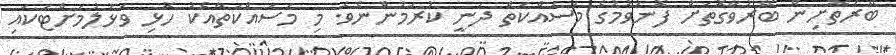
ބޭރުތޮށިން ބޭރުވާގޮތަށް ފޮނުވުމުގެ މަސައްކަތް ދަނީ ކުރަމުންނެވެ. މި މަސައްކަތާއެކު ހޮޅި ވަޅުލުމަށްޓަކައި